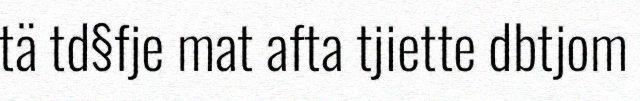
tä td§fje mat afta tjiette dbtjom